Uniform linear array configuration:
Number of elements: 64
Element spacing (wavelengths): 0.75
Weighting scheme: kaiser
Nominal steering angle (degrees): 15
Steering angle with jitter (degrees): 15.811
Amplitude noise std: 0.05
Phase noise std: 0.05

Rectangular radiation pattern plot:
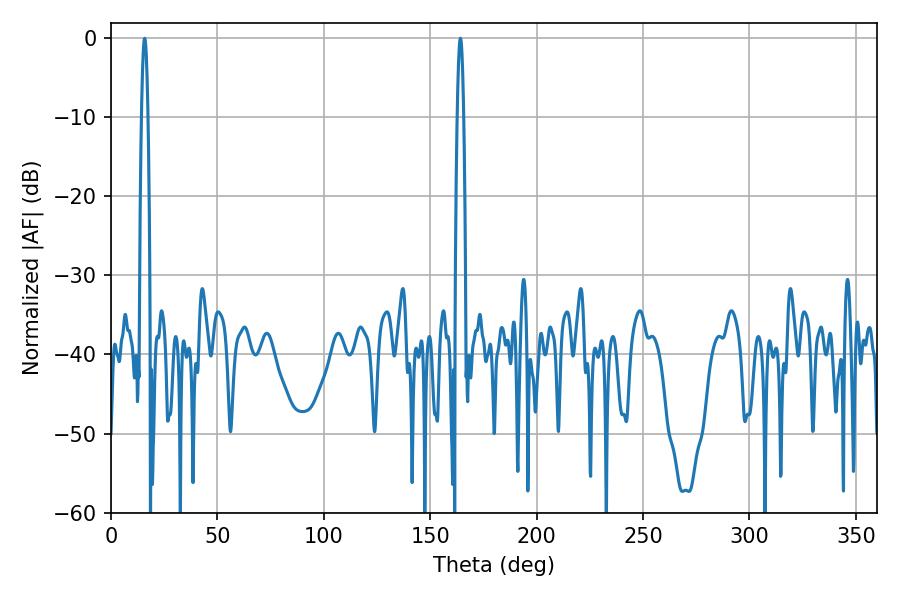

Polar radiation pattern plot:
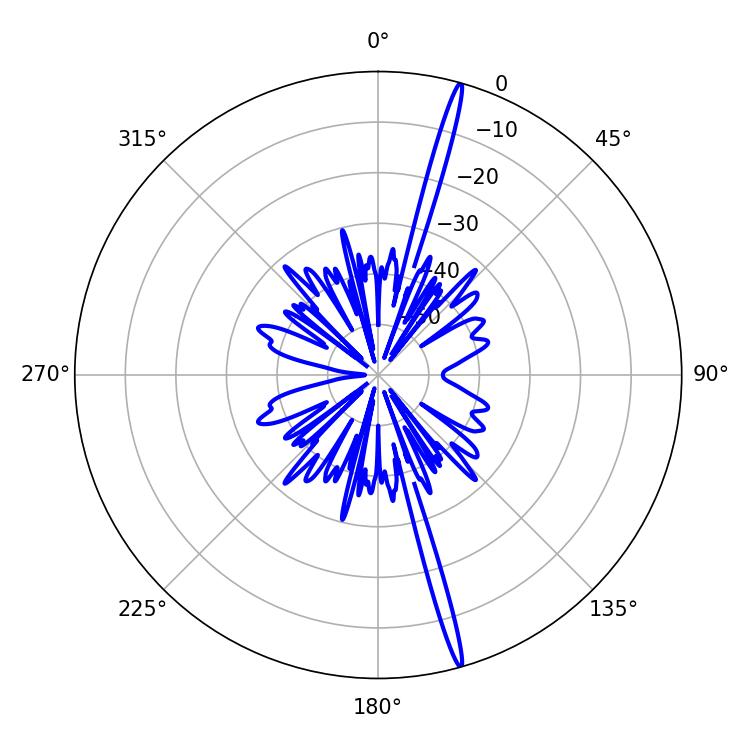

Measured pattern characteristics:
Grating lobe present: TRUE
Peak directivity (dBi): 20.564
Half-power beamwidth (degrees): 1.62
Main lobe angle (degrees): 164.16